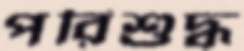
পরিশুদ্ধ